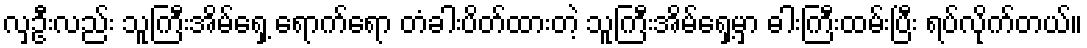
လှဦးလည်း သူကြီးအိမ်ရှေ့ ရောက်ရော တံခါးပိတ်ထားတဲ့ သူကြီးအိမ်ရှေ့မှာ ဓါးကြီးထမ်းပြီး ရပ်လိုက်တယ်။